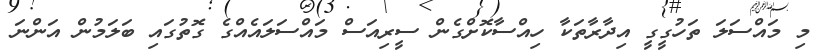
މި މައްސަލަ ތަހުގީގީ އިދާރާތަކާ ހިއްސާކޮށްގެން ސީރިއަސް މައްސަލައެއްގެ ގޮތުގައި ބަލަމުން އަންނަ